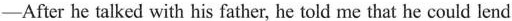
-After he talked with his father, he told me that he could lend